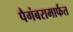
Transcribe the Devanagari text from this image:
पैगंबरामार्फत